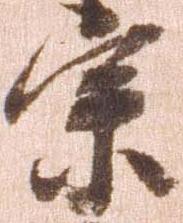
宗